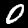
Digit: 0